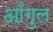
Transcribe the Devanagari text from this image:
आँगुल